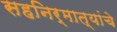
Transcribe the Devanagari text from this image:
सहनिर्मात्यांचे